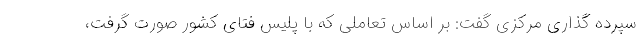
سپرده گذاری مرکزی گفت: بر اساس تعاملی که با پلیس فتای کشور صورت گرفت،